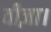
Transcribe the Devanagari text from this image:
वीज़ा।